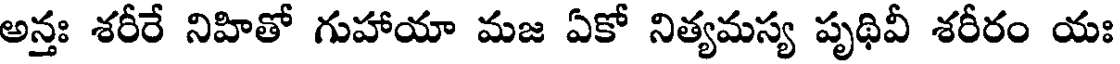
అన్తః శరీరే నిహితో గుహాయా మజ ఏకో నిత్యమస్య పృథివీ శరీరం యః